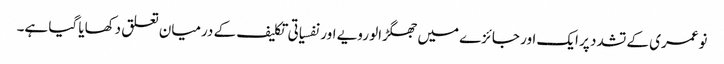
نوعمری کے تشدد پر ایک اور جائزے میں جھگڑالو رویے اور نفسیاتی تکلیف کے درمیان تعلق دکھایا گیا ہے۔